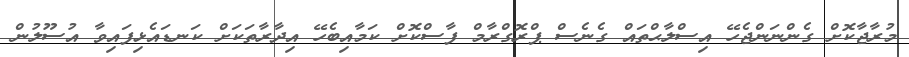
މުރާޖާކޮށް ގެންނަންޖެހޭ އިސްލާޙްތައް ގެނެސް ޕްރޮގްރާމް ފާސްކޮށް ކަމާއިބެހޭ އިދާރާތަކަށް ކަނޑައެޅިފައިވާ އުސޫލުން